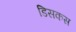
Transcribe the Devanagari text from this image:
डिसकस